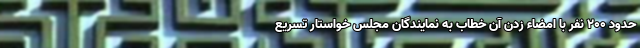
حدود 200 نفر با امضاء زدن آن خطاب به نمایندگان مجلس خواستار تسریع